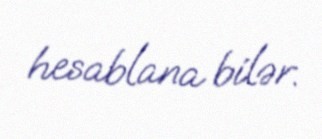
hesablana bilər.